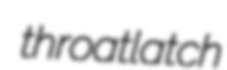
throatlatch